Insane asylums Bombay 1873-77 - 1873-1877
Year: 1873
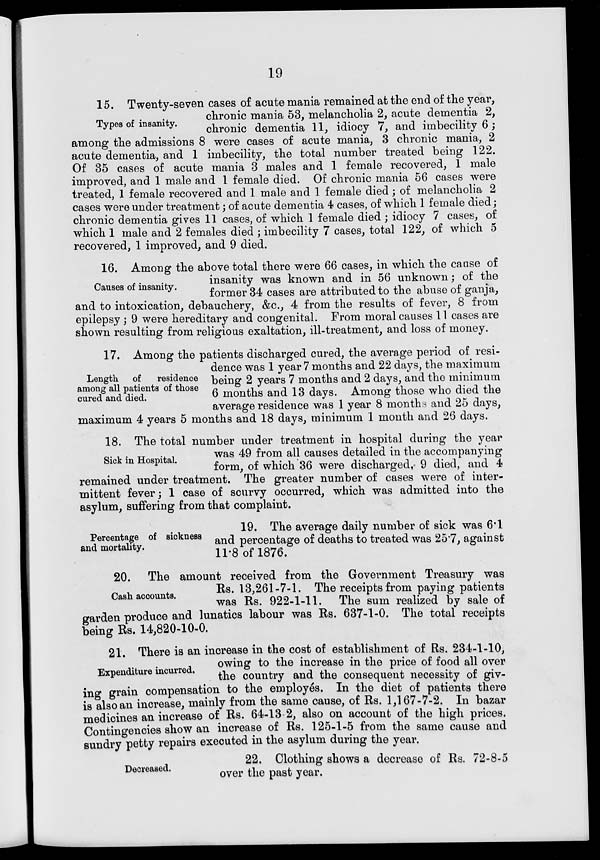
19
Types of insanity.
15. Twenty-seven cases of acute mania remained at the end of the year,
chronic mania 53, melancholia 2, acute dementia 2,
chronic dementia 11, idiocy 7, and imbecility 6;
among the admissions 8 were cases of acute mania, 3 chronic mania, 2
acute dementia, and 1 imbecility, the total number treated being 122.
Of 35 cases of acute mania 3 males and 1 female recovered, 1 male
improved, and 1 male and 1 female died. Of chronic mania 56 cases were
treated, 1 female recovered and 1 male and 1 female died; of melancholia 2
cases were under treatment ; of acute dementia 4 cases, of which 1 female died;
chronic dementia gives 11 cases, of which 1 female died ; idiocy 7 cases, of
which 1 male and 2 females died ; imbecility 7 cases, total 122, of which 5
recovered, 1 improved, and 9 died.
Causes of insanity.
16. Among the above total there were 66 cases, in which the cause of
insanity was known and in 56 unknown ; of the
former 34 cases are attributed to the abuse of ganja,
and to intoxication, debauchery, &c., 4 from the results of fever, 8 from
epilepsy ; 9 were hereditary and congenital. From moral causes 11 cases are
shown resulting from religious exaltation, ill-treatment, and loss of money.
Length of
residence
among all patients of those
cured and died.
17. Among the patients discharged cured, the average period of resi-
dence was 1 year 7 months and 22 days, the maximum
being 2 years 7 months and 2 days, and the minimum
6 months and 13 days. Among those who died the
average residence was 1 year 8 months and 25 days,
maximum 4 years 5 months and 18 days, minimum 1 month and 26 days.
Sick in Hospital.
18. The total number under treatment in hospital during the year
was 49 from all causes detailed in the accompanying
form, of which 36 were discharged, 9 died, and 4
remained under treatment. The greater number of cases were of inter-
mittent fever; 1 case of scurvy occurred, which was admitted into the
asylum, suffering from that complaint.
Percentage of sickness
and mortality.
19. The average daily number of sick was 6.1
and percentage of deaths to treated was 25.7, against
11.8 of 1876.
Cash accounts.
20. The amount received from the Government Treasury was
Rs. 13,261-7-1. The receipts from paying patients
was Rs. 922-1-11. The sum realized by sale of
garden produce and lunatics labour was Rs. 637-1-0. The total receipts
being Rs. 14,820-10-0.
Expenditure incurred.
21. There is an increase in the cost of establishment of Rs. 234-1-10,
owing to the increase in the price of food all over
the country and the consequent necessity of giv-
ing grain compensation to the employés. In the diet of patients there
is also an increase, mainly from the same cause, of Rs. 1,167-7-2. In bazar
medicines an increase of Rs. 64-13-2, also on account of the high prices.
Contingencies show an increase of Rs. 125-1-5 from the same cause and
sundry petty repairs executed in the asylum during the year.
Decreased.
22. Clothing shows a decrease of Rs. 72-8-5
over the past year.